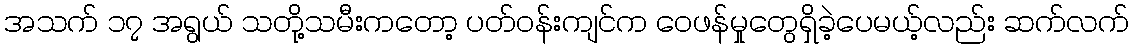
အသက် ၁၇ အရွယ် သတို့သမီးကတော့ ပတ်ဝန်းကျင်က ဝေဖန်မှုတွေရှိခဲ့ပေမယ့်လည်း ဆက်လက်